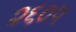
૨૬૦૫